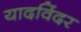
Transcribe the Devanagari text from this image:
यादविंदर